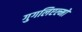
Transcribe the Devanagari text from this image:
गुगलिएल्मो